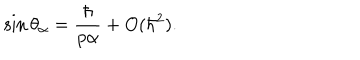
\sin \theta _ { \alpha } = \frac { \hbar } { p \alpha } + O ( \hbar ^ { 2 } ) .